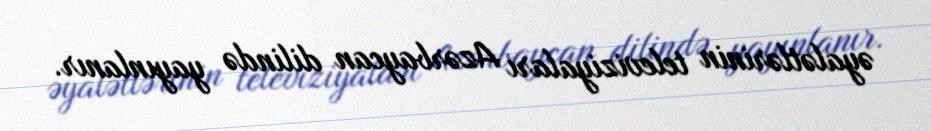
əyalətlərinin televiziyaları Azərbaycan dilində yayınlanır.